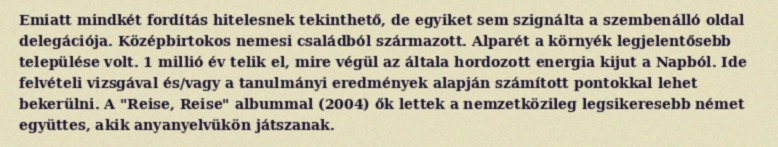
Emiatt mindkét fordítás hitelesnek tekinthető, de egyiket sem szignálta a szembenálló oldal delegációja. Középbirtokos nemesi családból származott. Alparét a környék legjelentősebb települése volt. 1 millió év telik el, mire végül az általa hordozott energia kijut a Napból. Ide felvételi vizsgával és/vagy a tanulmányi eredmények alapján számított pontokkal lehet bekerülni. A "Reise, Reise" albummal (2004) ők lettek a nemzetközileg legsikeresebb német együttes, akik anyanyelvükön játszanak.